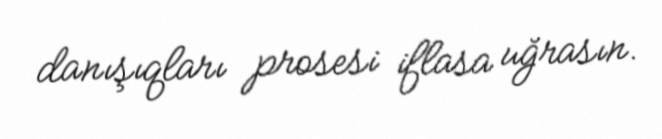
danışıqları prosesi iflasa uğrasın.